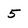
Character: 5